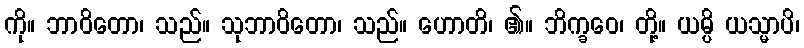
ကို။ ဘာဝိတော၊ သည်။ သုဘာဝိတော၊ သည်။ ဟောတိ၊ ၏။ ဘိက္ခဝေ၊ တို့။ ယမ္ပိ ယသ္မာပိ၊